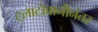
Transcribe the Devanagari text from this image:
ट्लाटोवानीनंतर